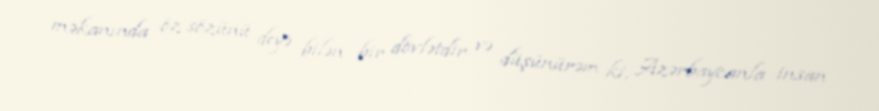
məkanında öz sözünü deyə bilən bir dövlətdir və düşünürəm ki, Azərbaycanla insan